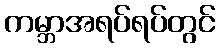
ကမ္ဘာအရပ်ရပ်တွင်